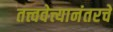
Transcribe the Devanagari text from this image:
तत्त्ववेत्त्यानंतरचे